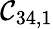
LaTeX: \mathcal{C}_{34,1}